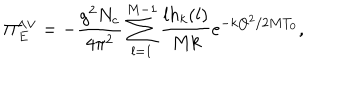
LaTeX: \Pi _ { E } ^ { \wedge \vee } = - { \frac { g ^ { 2 } N _ { c } } { 4 \pi ^ { 2 } } } \sum _ { l = 1 } ^ { M - 1 } { \frac { l h _ { k } ( l ) } { M k } } e ^ { - k { \bf Q } ^ { 2 } / 2 M T _ { 0 } } ,